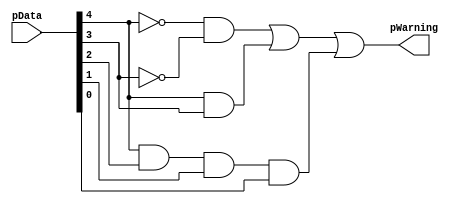
`timescale 1ns / 1ps
`default_nettype none

/*
**********************************************************
** Logic Design Final Project Fall, 2019 Semester
** Amirkabir University of Technology (Tehran Polytechnic)
** Department of Computer Engineering (CEIT-AUT)
** Logic Circuit Design Laboratory
** https://ceit.aut.ac.ir
**********************************************************
** Student ID: 9731078 (Negin HajiSobhani)
** Student ID: 9731096 (Amirhossein Alibakhshi)
**********************************************************
** Module Name:PressureAnalyzer
**********************************************************
** Additional Comments:

	input	output
	------------
	00000	1
	00001	1
	00010	1
	00011	1
	00100	1
	00101	1
	00110	1
	00111	1
	01000	0
	01001	0
	01010	0
	01011	0
	01100	0
	01101	0
	01110	0
	01111	0
	10000	0
	10001	0
	10010	0
	10011	0
	10100	0
	10101	0
	10110	0
	10111	1
	11000	1
	11001	1
	11010	1
	11011	1
	11100	1
	11101	1
	11110	1
	11111	1
Karnaugh table:
	
	
  \BC                                  \BC
 DE\_________________________         DE\_________________________
    |     |     |     |     |            |     |     |     |     |
    |  1  |  1  |  0  |  0  |            |  0  |  0  |  1  |  1  |
    |_____|_____|_____|_____|            |_____|_____|_____|_____|
    |     |     |     |     |            |     |     |     |     |
    |  1  |  1  |  0  |  0  |            |  0  |  0  |  1  |  1  |
    |_____|_____|_____|_____|            |_____|_____|_____|_____|
    |     |     |     |     |            |     |     |     |     |
    |  1  |  1  |  0  |  0  |            |  0  |  1  |  1  |  1  |
    |_____|_____|_____|_____|            |_____|_____|_____|_____|
    |     |     |     |     |            |     |     |     |     |
    |  1  |  1  |  0  |  0  |            |  0  |  0  |  1  |  1  |
    |_____|_____|_____|_____|            |_____|_____|_____|_____|
               A=0                                  A=1
	
	f(A,B,C,D,E) --SOP--> A'B' + AB + ACDE
	
	pData[4] = A
	pData[3] = B
	pData[2] = C
	pData[1] = D
	pData[0] = E 

*/

 module PressureAnalyzer(
        pData,
        pWarning);
	input [4:0] pData;
	output pWarning;
	wire [2:0] w;
	wire [4:0] not_pData;
	not n0( not_pData[0], pData[0]),// E'
		n1( not_pData[1], pData[1]), // D'
		n2( not_pData[2], pData[2]), // C'
		n3( not_pData[3], pData[3]), // B'
		n4( not_pData[4], pData[4]); // A'
		
	and g0(w[0], not_pData[4], not_pData[3]),// A'B'
		g1(w[1], pData[4], pData[3]),// AB
		g2(w[2], pData[4],pData[2],pData[1],pData[0]);// ACDE
	or result (pWarning, w[0], w[1], w[2]);//SOP form
	
endmodule